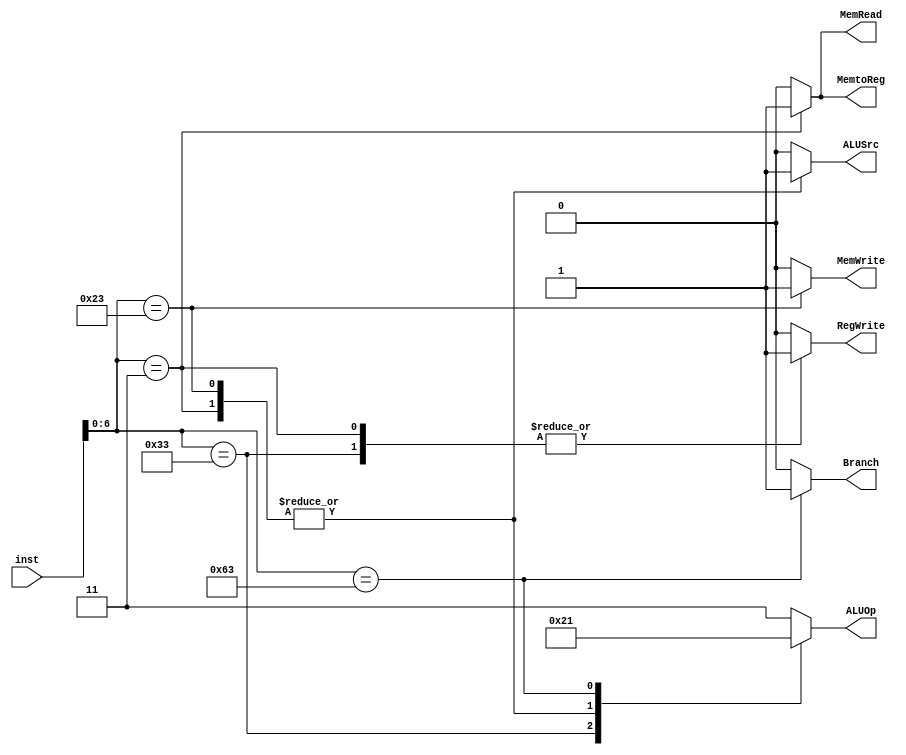
`timescale 1ns / 1ps
//////////////////////////////////////////////////////////////////////////////////
// Company: 
// Engineer: 
// 
// Design Name: 
// Module Name: controller
// Project Name: 
// Target Devices: 
// Tool Versions: 
// Description: 
// 
// Dependencies: 
// 
// Revision:
// Revision 0.01 - File Created
// Additional Comments:
// 
//////////////////////////////////////////////////////////////////////////////////


module Controller(
    input [31:0] inst,
    output reg Branch,
    output reg MemRead,
    output reg MemtoReg,
    output reg [1:0] ALUOp,
    output reg MemWrite,
    output reg ALUSrc,
    output reg RegWrite
    );
    always @(*) begin
        case (inst[6:0])
            7'b0110011: begin // R-type
                ALUSrc = 1'b0;
                MemtoReg = 1'b0;
                RegWrite = 1'b1;
                MemRead = 1'b0;
                MemWrite = 1'b0;
                Branch = 1'b0;
                ALUOp = 2'b10;
            end
            7'b0000011: begin // lw
                ALUSrc = 1'b1;
                MemtoReg = 1'b1;
                RegWrite = 1'b1;
                MemRead = 1'b1;
                MemWrite = 1'b0;
                Branch = 1'b0;
                ALUOp = 2'b00; 
            end
            7'b0100011: begin // sw
                ALUSrc = 1'b1;
                MemtoReg = 1'b0;
                RegWrite = 1'b0;
                MemRead = 1'b0;
                MemWrite = 1'b1;
                Branch = 1'b0;
                ALUOp = 2'b00; 
            end
            7'b1100011: begin // beq
                ALUSrc = 1'b0;
                MemtoReg = 1'b0;
                RegWrite = 1'b0;
                MemRead = 1'b0;
                MemWrite = 1'b0;
                Branch = 1'b1;
                ALUOp = 2'b01; 
            end
            default : begin
                ALUSrc = 1'b0;
                MemtoReg = 1'b0;
                RegWrite = 1'b0;
                MemRead = 1'b0;
                MemWrite = 1'b0;
                Branch = 1'b0;
                ALUOp = 2'b11;
            end
        endcase
    end    
endmodule